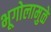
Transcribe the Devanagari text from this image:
भूगोलामुळे